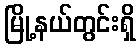
မြို့နယ်တွင်းရှိ